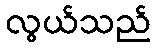
လွယ်သည်